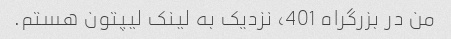
من در بزرگراه 401، نزدیک به لینک لیپتون هستم.